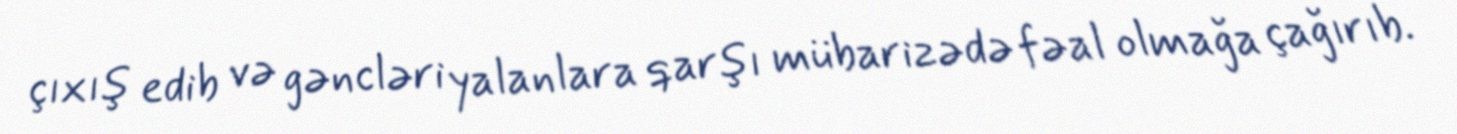
çıxış edib və gəncləri yalanlara qarşı mübarizədə fəal olmağa çağırıb.